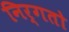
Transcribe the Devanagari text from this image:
निर्गतो